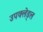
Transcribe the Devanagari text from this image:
उपक्लेड्ल